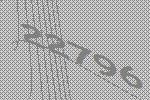
22796